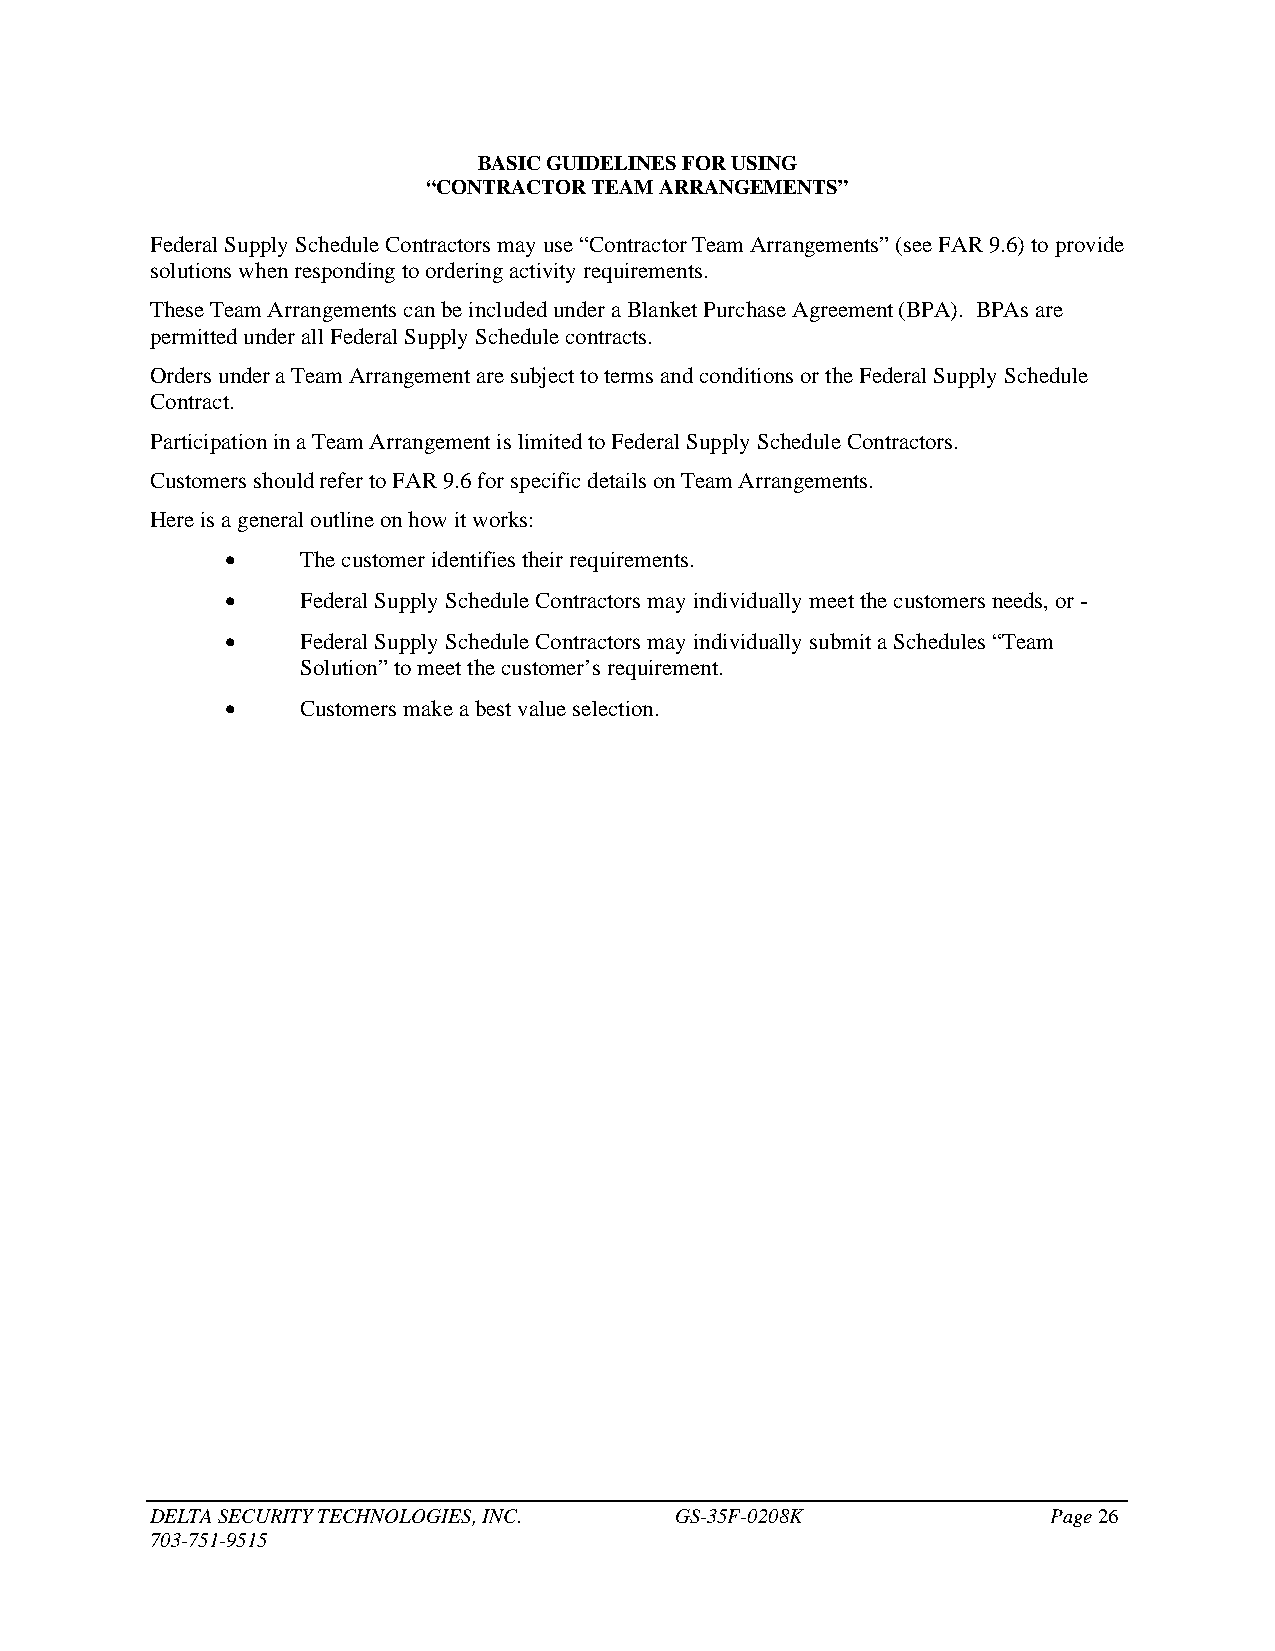
BASIC GUIDELINES FOR USING
 “CONTRACTOR TEAM ARRANGEMENTS”
 Federal Supply Schedule Contractors may use “Contractor Team Arrangements” (see FAR 9.6) to provide
 solutions when responding to ordering activity requirements.
 These Team Arrangements can be included under a Blanket Purchase Agreement (BPA). BPAs are
 permitted under all Federal Supply Schedule contracts.
 Orders under a Team Arrangement are subject to terms and conditions or the Federal Supply Schedule
 Contract.
 Participation in a Team Arrangement is limited to Federal Supply Schedule Contractors.
 Customers should refer to FAR 9.6 for specific details on Team Arrangements.
 Here is a general outline on how it works:
 •    The customer identifies their requirements.
 •    Federal Supply Schedule Contractors may individually meet the customers needs, or -
 •    Federal Supply Schedule Contractors may individually submit a Schedules “Team
 Solution” to meet the customer’s requirement.
 •    Customers make a best value selection.
 DELTA SECURITY TECHNOLOGIES, INC.  GS-35F-0208K             Page 26
 703-751-9515